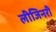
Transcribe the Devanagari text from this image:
लीजिनरी